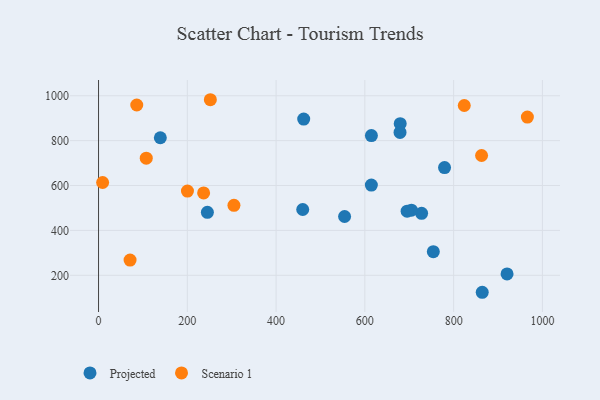
{"axis": {"x": "Study Hours", "y": "Demand"}, "legend": ["Projected", "Scenario 1"], "data": [{"x": "460.0", "y": 493.2, "type": "Projected"}, {"x": "679.6", "y": 875.6, "type": "Projected"}, {"x": "245.2", "y": 480.8, "type": "Projected"}, {"x": "139.2", "y": 812.9, "type": "Projected"}, {"x": "727.8", "y": 476.2, "type": "Projected"}, {"x": "614.6", "y": 602.1, "type": "Projected"}, {"x": "704.9", "y": 490.0, "type": "Projected"}, {"x": "679.2", "y": 836.6, "type": "Projected"}, {"x": "754.2", "y": 305.1, "type": "Projected"}, {"x": "614.7", "y": 822.6, "type": "Projected"}, {"x": "920.3", "y": 206.3, "type": "Projected"}, {"x": "695.2", "y": 485.8, "type": "Projected"}, {"x": "554.3", "y": 462.1, "type": "Projected"}, {"x": "864.4", "y": 124.4, "type": "Projected"}, {"x": "462.2", "y": 896.3, "type": "Projected"}, {"x": "779.5", "y": 680.0, "type": "Projected"}, {"x": "236.7", "y": 566.9, "type": "Scenario 1"}, {"x": "862.9", "y": 733.9, "type": "Scenario 1"}, {"x": "823.9", "y": 956.5, "type": "Scenario 1"}, {"x": "86.1", "y": 958.8, "type": "Scenario 1"}, {"x": "107.5", "y": 721.9, "type": "Scenario 1"}, {"x": "251.9", "y": 982.3, "type": "Scenario 1"}, {"x": "9.2", "y": 613.4, "type": "Scenario 1"}, {"x": "71.0", "y": 267.8, "type": "Scenario 1"}, {"x": "305.0", "y": 511.7, "type": "Scenario 1"}, {"x": "966.1", "y": 904.8, "type": "Scenario 1"}, {"x": "200.3", "y": 575.3, "type": "Scenario 1"}]}